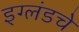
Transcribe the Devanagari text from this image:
इग्लंडचे